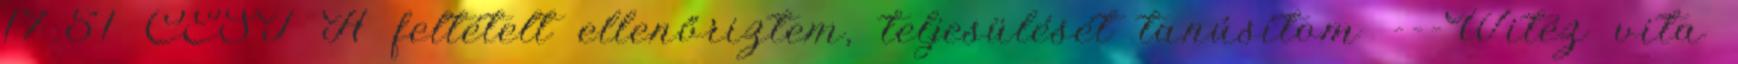
17:51 CEST A feltételt ellenőriztem, teljesülését tanúsítom ---Witéz vita